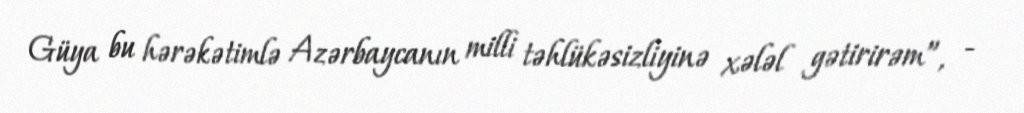
Güya bu hərəkətimlə Azərbaycanın milli təhlükəsizliyinə xələl gətirirəm”, -